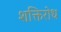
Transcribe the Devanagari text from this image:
शक्तिरोध